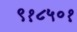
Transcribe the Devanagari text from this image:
९१८५०१